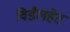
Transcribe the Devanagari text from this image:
विडैलहेट